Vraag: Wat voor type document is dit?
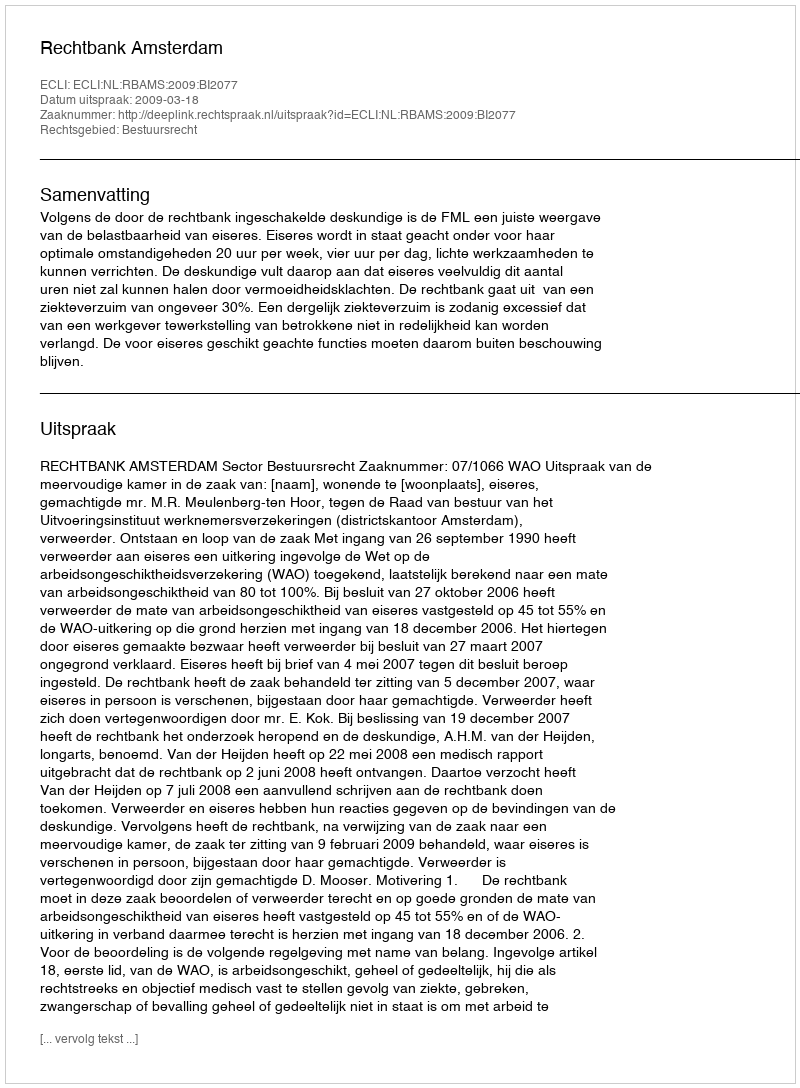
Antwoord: Uitspraak